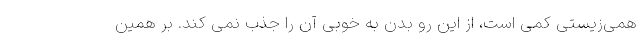
همی‌زیستی کمی است، از این رو بدن به خوبی آن را جذب نمی کند. بر همین